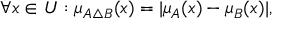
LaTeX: \forall x \in { U } : \mu _ { A \triangle { B } } ( x ) = | \mu _ { A } ( x ) - \mu _ { B } ( x ) | ,